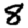
Digit: 8